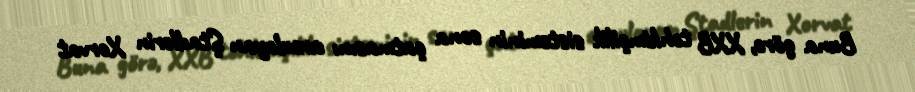
Buna görə, XXB təhkimçilik sisteminin sona çatmasını arzulayan Ştadlerin Xorvat